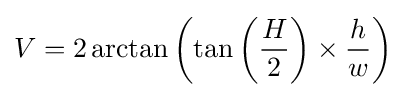
V=2\arctan \left(\tan \left({H \over 2}\right)\times {h \over w}\right)